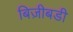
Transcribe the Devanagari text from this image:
बिज़ीबडी